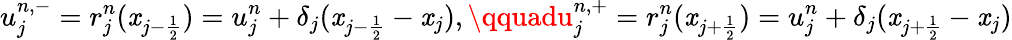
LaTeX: u_{j}^{n,-}=r_{j}^{n}(\mathit{x}_{{j-\frac{{1}}{{2}}}})=u_{j}^{n}+\delta_{j}(\mathit{x}_{{j-\frac{{1}}{{2}}}}-\mathit{x}_{j}),\qquadu_{j}^{n,+}=r_{j}^{n}(\mathit{x}_{{j+\frac{{1}}{{2}}}})=u_{j}^{n}+\delta_{j}(\mathit{x}_{{j+\frac{{1}}{{2}}}}-\mathit{x}_{j})